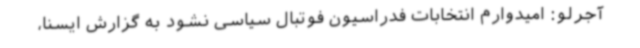
آجرلو: امیدوارم انتخابات فدراسیون فوتبال سیاسی نشود به گزارش ایسنا،